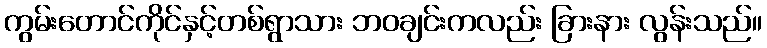
ကွမ်းတောင်ကိုင်နှင့်တစ်ရွာသား ဘဝချင်းကလည်း ခြားနား လွန်းသည်။